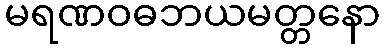
မရဏဝဓဘယမတ္တနော